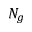
N _ { g }